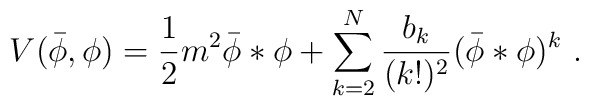
V(\bar{\phi},\phi)=\frac{1}{2}m^{2}\bar{\phi}\ast\phi+\sum_{k=2}^{N}\frac{b_{k}}{(k!)^2}(\bar{\phi}\ast\phi)^{k} ~ .